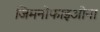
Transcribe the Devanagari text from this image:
जिमनोफाइओना